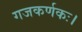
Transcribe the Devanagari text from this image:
गजकर्णकः।